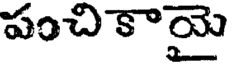
పంచి కాయై